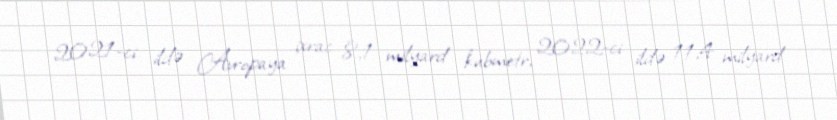
2021-ci ildə Avropaya ixrac 8,1 milyard kubmetr, 2022-ci ildə 11,4 milyard